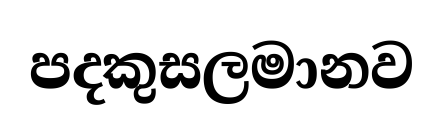
පදකුසලමානව